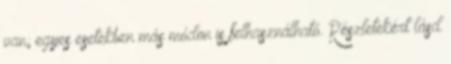
van; egyes esetekben más módon is felhasználható. Részletekért lásd